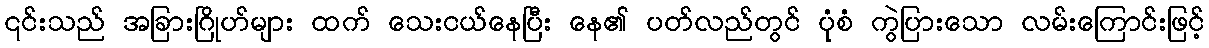
၎င်းသည် အခြားဂြိုဟ်များ ထက် သေးငယ်နေပြီး နေ၏ ပတ်လည်တွင် ပုံစံ ကွဲပြားသော လမ်းကြောင်းဖြင့်